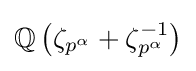
\mathbb {Q} \left(\zeta _{p^{\alpha }}+\zeta _{p^{\alpha }}^{-1}\right)